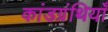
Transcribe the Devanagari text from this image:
कांडग्रंथियाँ